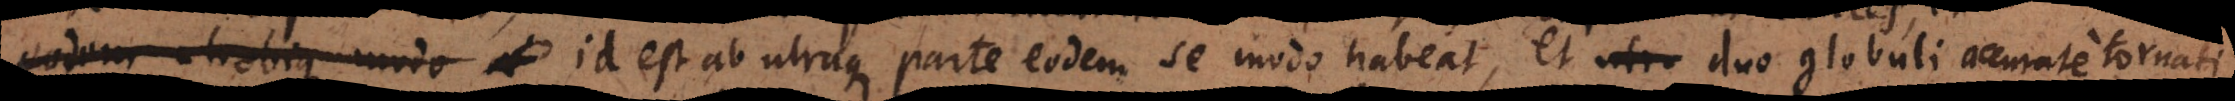
eodem utrobique modo et est ab utraque parte eodem se modo habeat, et utro duo globuli accurate tor